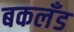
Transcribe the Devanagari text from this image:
बकलँड